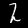
Label: 2